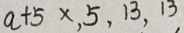
a + 5 \times , 5 , 1 3 , 1 3 ,